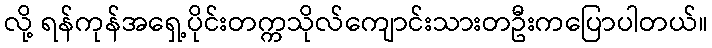
လို့ ရန်ကုန်အရှေ့ပိုင်းတက္ကသိုလ်ကျောင်းသားတဦးကပြောပါတယ်။